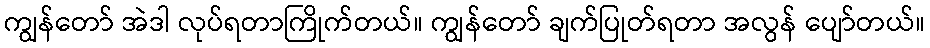
ကျွန်တော် အဲဒါ လုပ်ရတာကြိုက်တယ်။ ကျွန်တော် ချက်ပြုတ်ရတာ အလွန် ပျော်တယ်။